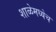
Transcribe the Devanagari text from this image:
शाळेमध्येच